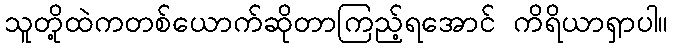
သူတို့ထဲကတစ်ယောက်ဆိုတာကြည့်ရအောင် ကိရိယာရှာပါ။